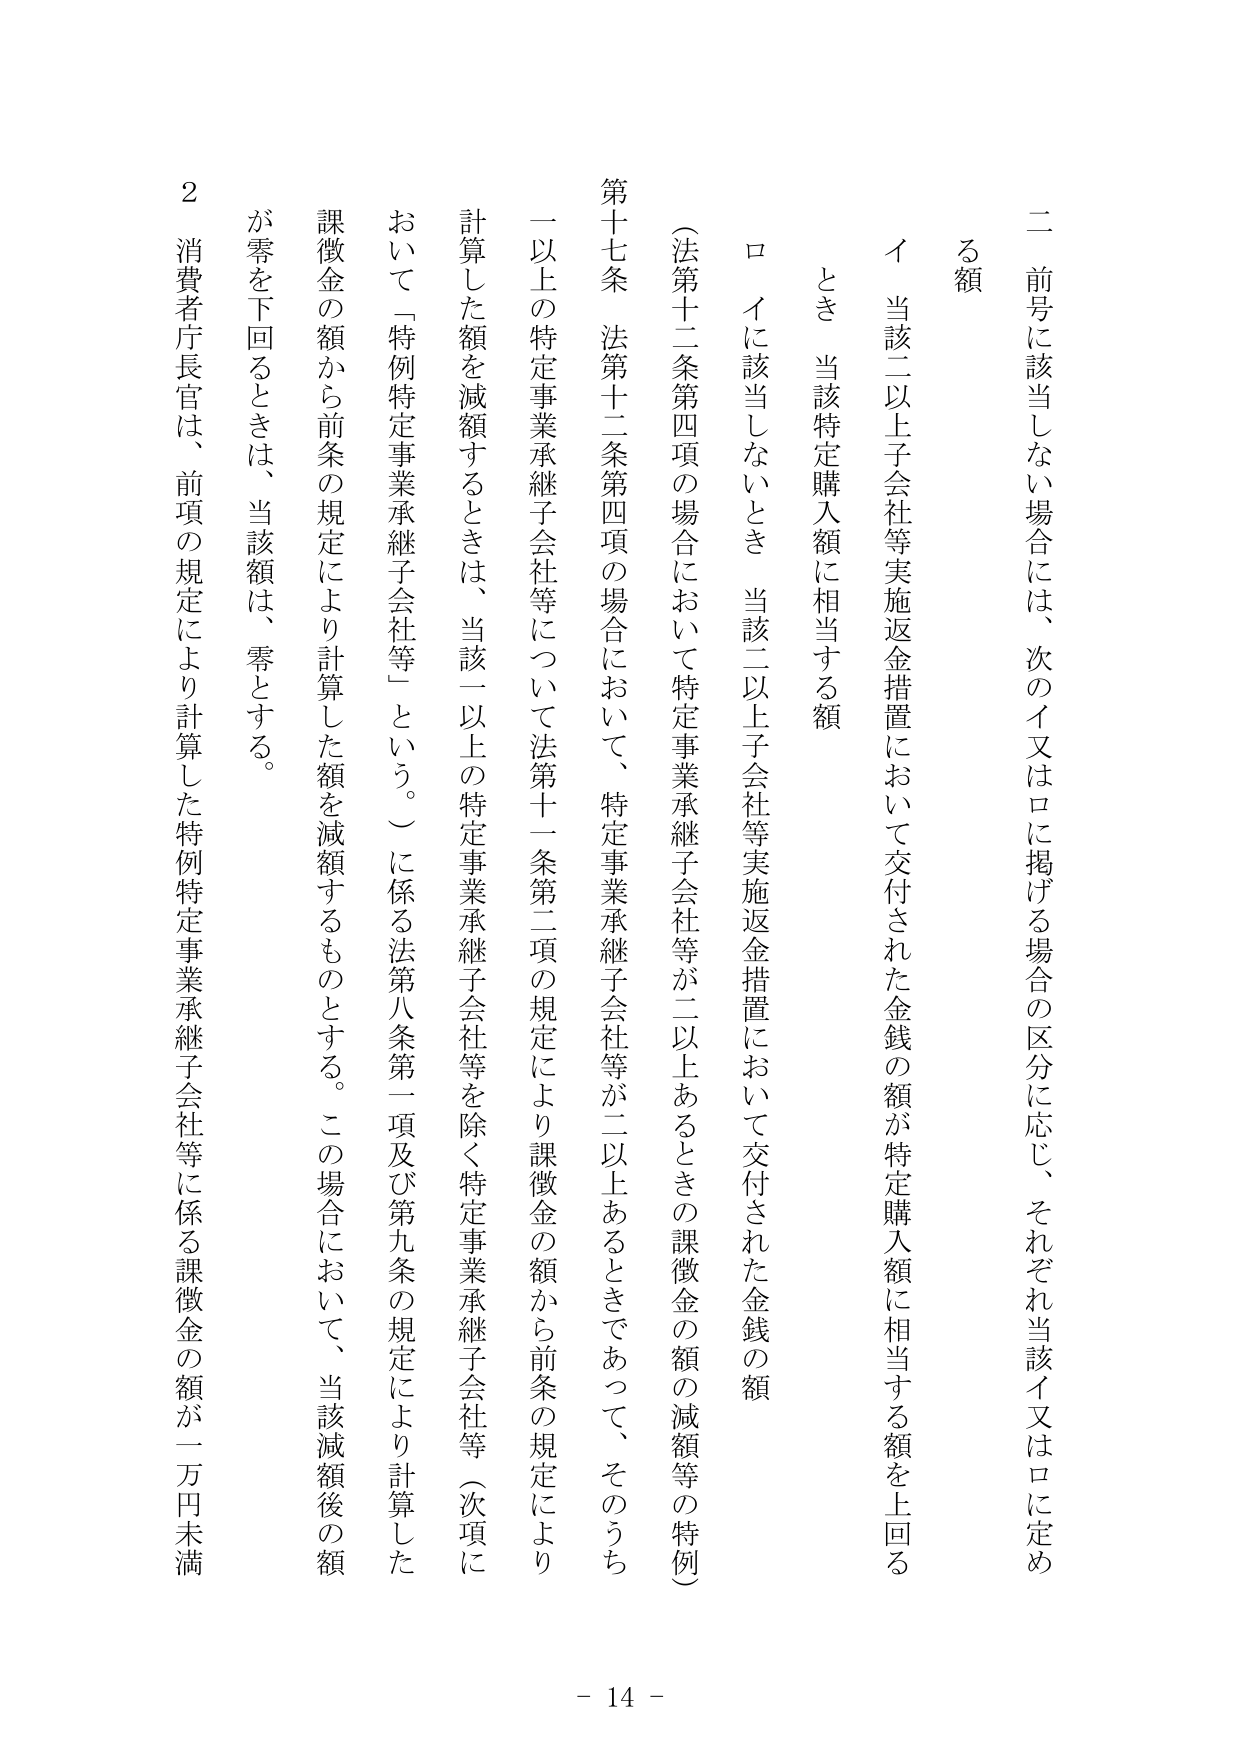
二 前号に該当しない場合には、次のイ又はロに掲げる場合の区分に応じ、それぞれ当該イ又はロに定める額

イ 当該二以上子会社等実施返金措置において交付された金銭の額が特定購入額に相当する額を上回るとき 当該特定購入額に相当する額

ロ イに該当しないとき 当該二以上子会社等実施返金措置において交付された金銭の額

（法第十二条第四項の場合において特定事業承継子会社等が二以上あるときの課徴金の額の減額等の特例）

第十七条 法第十二条第四項の場合において、特定事業承継子会社等が二以上あるときであって、そのうち一以上の特定事業承継子会社等について法第十一条第二項の規定により課徴金の額から前条の規定により計算した額を減額するときは、当該一以上の特定事業承継子会社等を除く特定事業承継子会社等（次項において「特例特定事業承継子会社等」という。）に係る法第八条第一項及び第九条の規定により計算した課徴金の額から前条の規定により計算した額を減額するものとする。この場合において、当該減額後の額が零を下回るときは、当該額は、零とする。

２ 消費者庁長官は、前項の規定により計算した特例特定事業承継子会社等に係る課徴金の額が一万円未満

- 14 -